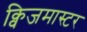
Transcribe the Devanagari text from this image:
क्विजमास्टर